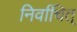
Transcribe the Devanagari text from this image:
निर्वाचित्